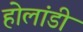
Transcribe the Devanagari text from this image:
होलांडी